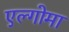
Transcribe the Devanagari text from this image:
एल्गोमा